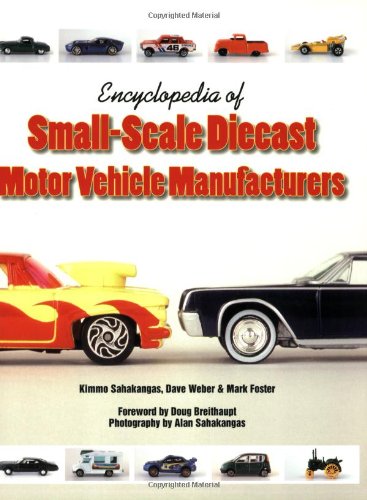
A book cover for Encyclopedia of Small-Scale Diecast Motor Vehicle Manufacturers; Kimmo Sahakangas; Crafts, Hobbies & Home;